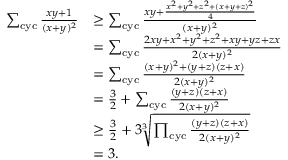
\begin{array} { r l } { \sum _ { \mathrm { c y c } } \frac { x y + 1 } { ( x + y ) ^ { 2 } } } & { \ge \sum _ { \mathrm { c y c } } \frac { x y + \frac { x ^ { 2 } + y ^ { 2 } + z ^ { 2 } + ( x + y + z ) ^ { 2 } } { 4 } } { ( x + y ) ^ { 2 } } } \\ & { = \sum _ { \mathrm { c y c } } \frac { 2 x y + x ^ { 2 } + y ^ { 2 } + z ^ { 2 } + x y + y z + z x } { 2 ( x + y ) ^ { 2 } } } \\ & { = \sum _ { \mathrm { c y c } } \frac { ( x + y ) ^ { 2 } + ( y + z ) ( z + x ) } { 2 ( x + y ) ^ { 2 } } } \\ & { = \frac { 3 } { 2 } + \sum _ { \mathrm { c y c } } \frac { ( y + z ) ( z + x ) } { 2 ( x + y ) ^ { 2 } } } \\ & { \ge \frac 3 2 + 3 \sqrt [ 3 ] { \prod _ { \mathrm { c y c } } \frac { ( y + z ) ( z + x ) } { 2 ( x + y ) ^ { 2 } } } } \\ & { = 3 . } \end{array}